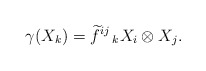
\begin{align*}\gamma (X_{k})=\widetilde{f}^{ij}\,_{k} X_{i}\otimes X_{j}.\end{align*}